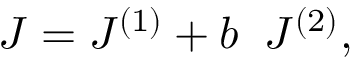
{ J } = { J } ^ { ( 1 ) } + b \; \; { J } ^ { ( 2 ) } ,